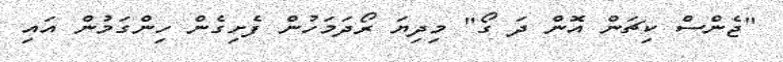
"ޖެންސް ކިޗަން އޮން ދަ ގޯ" މިދިޔަ ރޯދަމަހުން ފެށިގެން ހިންގަމުން އައި